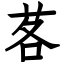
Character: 茖